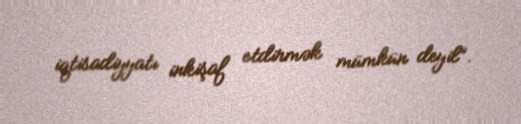
iqtisadiyyatı inkişaf etdirmək mümkün deyil”.